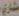
مشاري